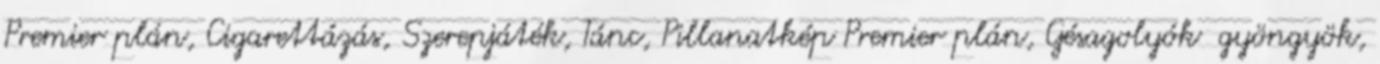
Premier plán, Cigarettázás, Szerepjáték, Tánc, Pillanatkép Premier plán, Gésagolyók gyöngyök,